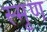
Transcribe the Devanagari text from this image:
स्मृण